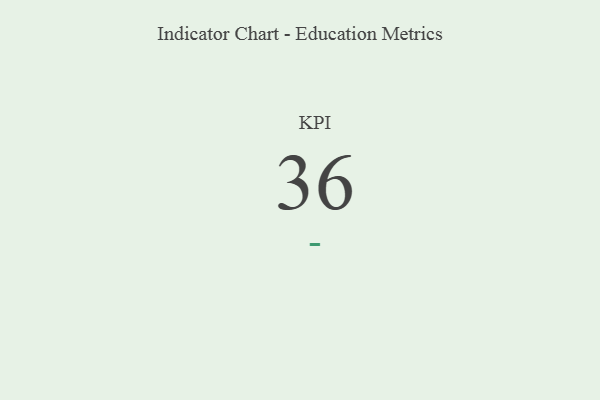
{"axis": {"x": "KPI", "y": "Value"}, "legend": [""], "data": [{"x": "KPI", "y": 36, "type": ""}]}